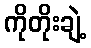
ကိုတိုးချဲ့